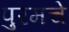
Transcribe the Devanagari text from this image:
पुरमचे